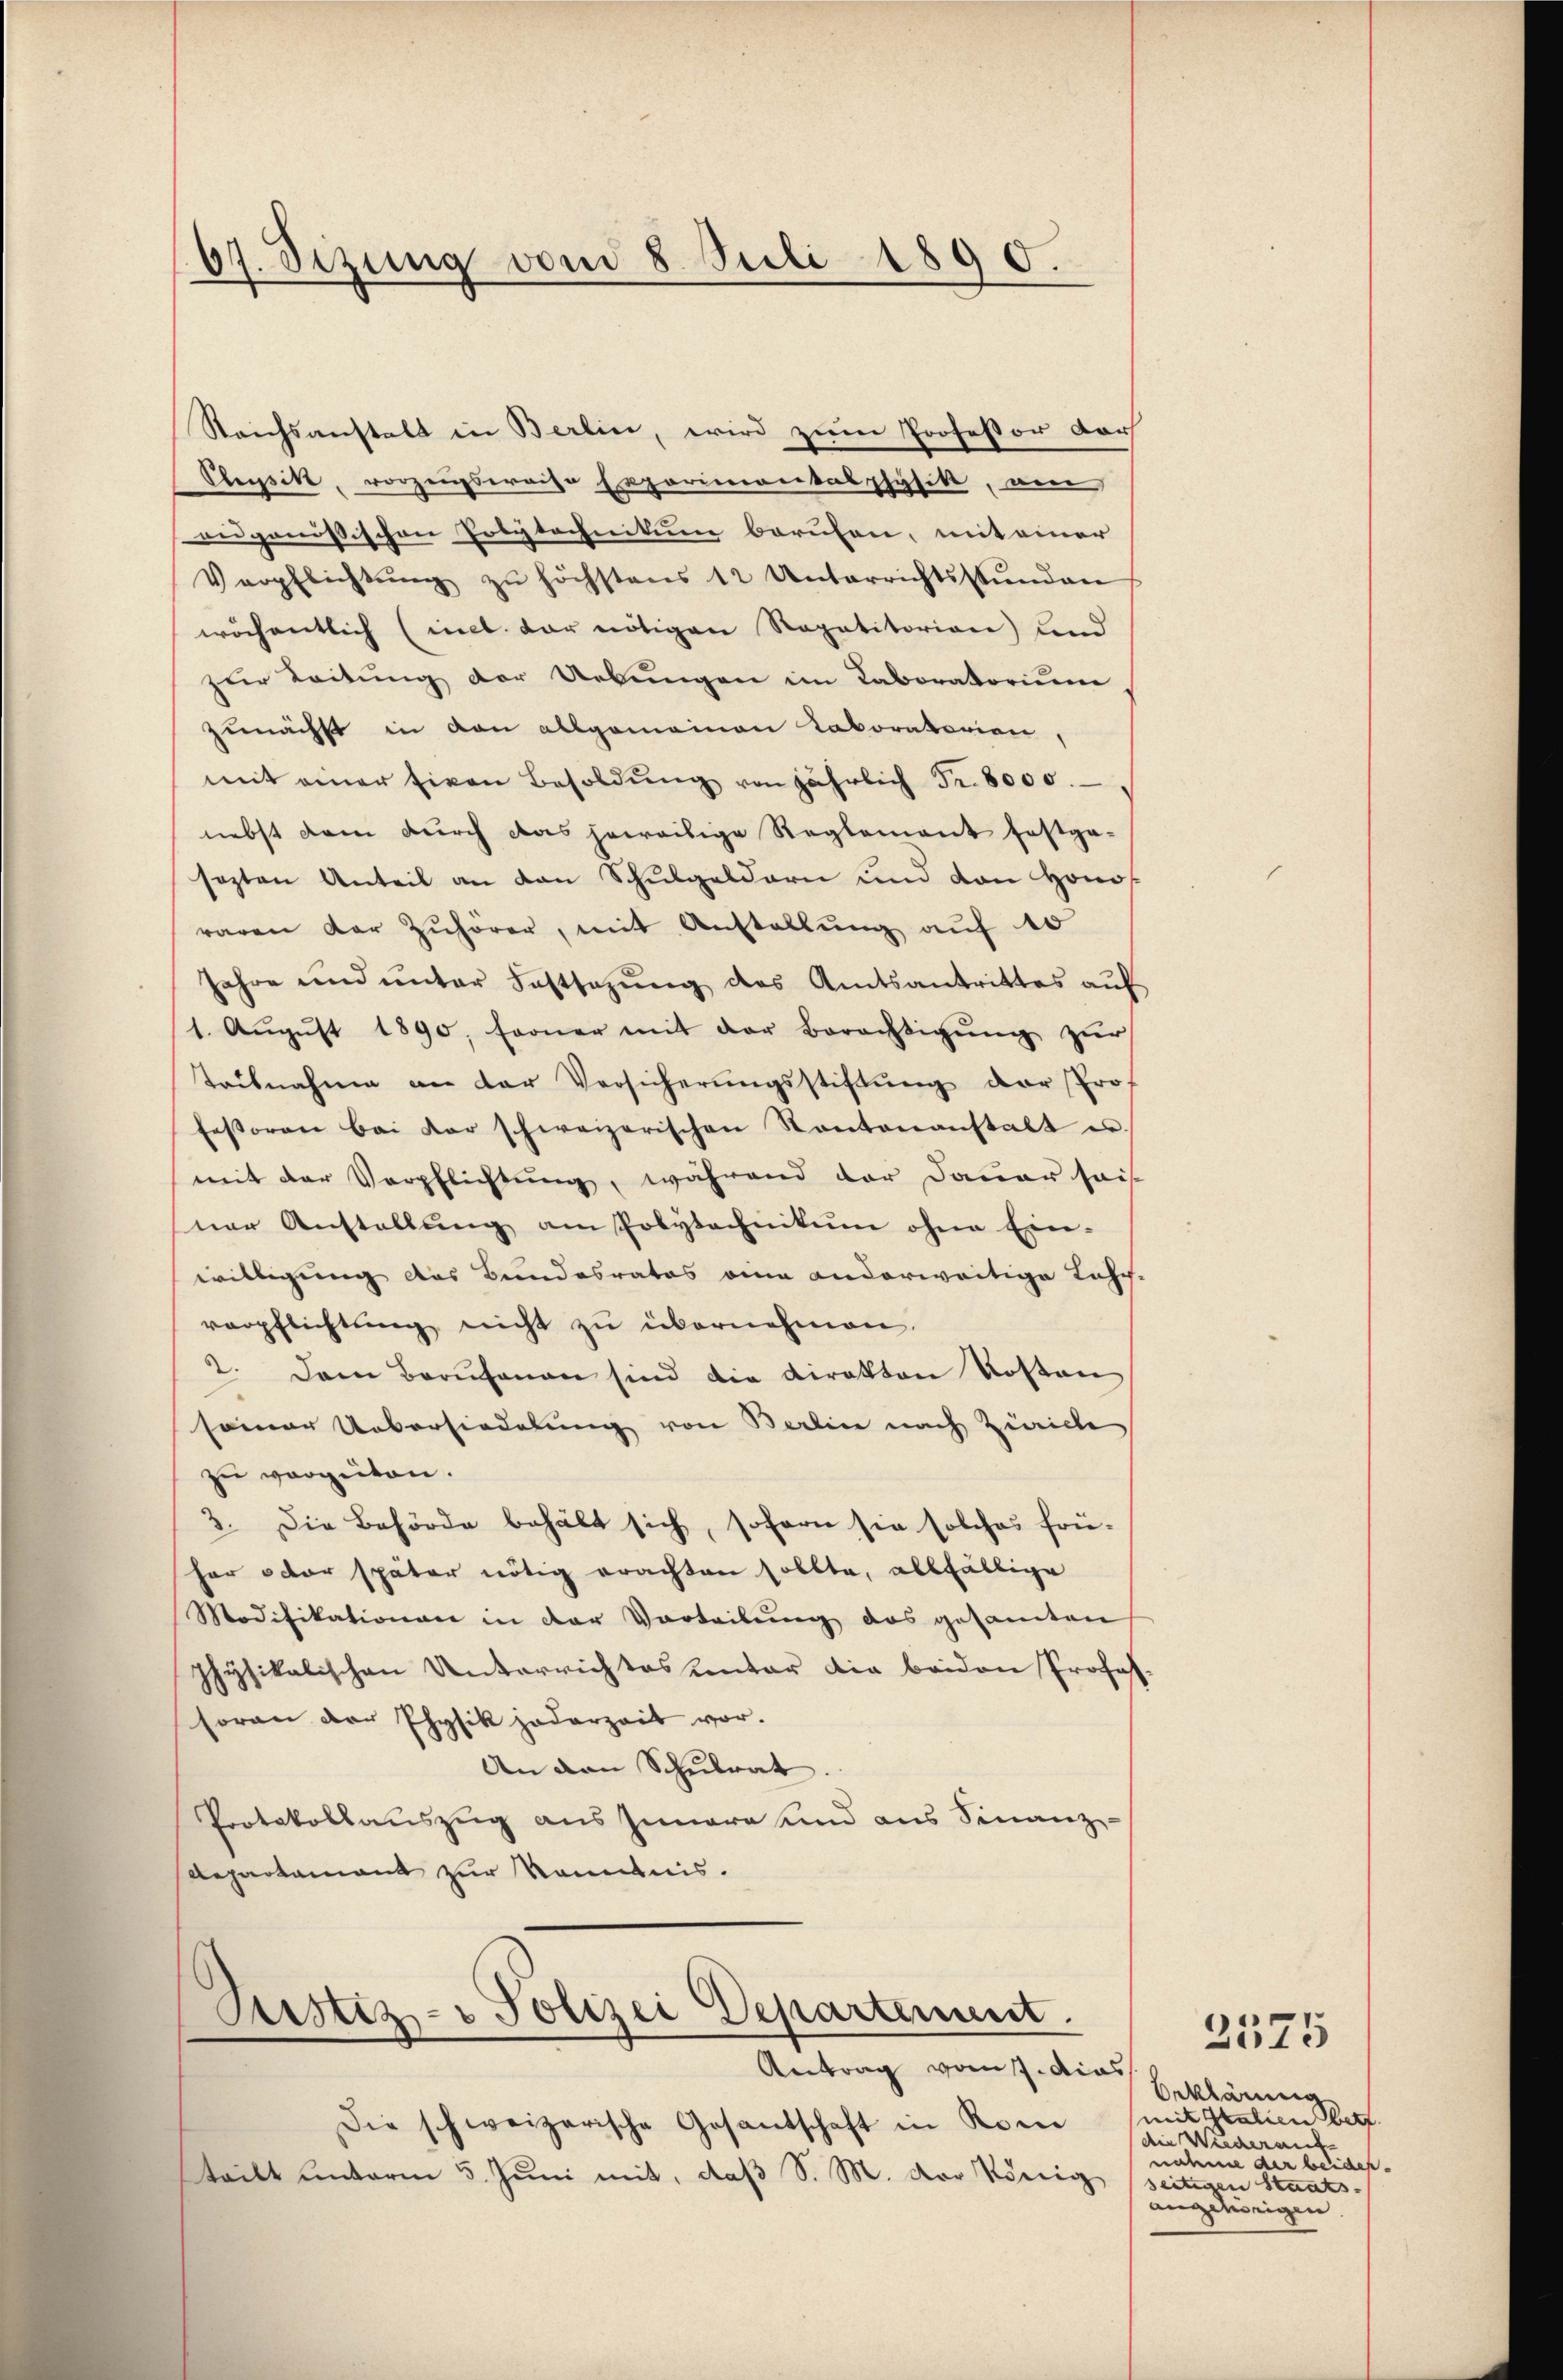
67. Sizung vom 8. Juli 1890.

Reichsanstalt in Berlin, wird zum Professor darf
Elupsik, vorzungsweise Exporimontalphysik, am
eidgenössischen Polytechnikum berufen, mit einer
Verpflichtŭng zŭ höchstens 12 Unterrichtsstunden
wöchentlich (mit der nötigen Repetitorion) und
zur Leitung der Uebungen im Laboratorium
zunächst in von allgemeinen Laboratorien
mit einer Eigen Besoldŭng von jährlich Fr. 8000.
nebst dem durch das jeweilige Reglement festga-
sezten Anteil an den Schulgeldern und von Honos
waren der Zuhörer, mit Anstellung auf 10
Jahre und ŭnter Festsezŭng des Amtsantrittes aŭf
1. Aŭgŭst 1890. ferner mit der Berechtigŭng zŭr
teilnahme an der Versicherungsstiftung der Prof
fessoren bei der schweizerischen Kantonanstalt es
mit der Verpflichtung, während der Dauer sei
ner Anstellung am Polytechnikum ohne Ein-
willigung des Bundesrates eine anderweitige Lehr-
verpflichtung nicht zu übernehmen.
2. Dem Berufenen sind die Direkton Kosten
seiner Uebersiedelung von Berlin nach Zwicke
zu verzeiten.
3. Die Behörde behält sich, sofern sie solches frü-
her oder später nötig erachten sollte, allfällige
Modifikationen in der Vorteilung das gesamten
physikalischen Unterrichtes unter die beiden Profes-
soran der Physik jederzeit vor.
An den Schulrat.
Protokollauszug aus Innere und aus Finanz-
Departamant zur Kenntnis.

Justiz- & Polizei Departement.

Antrag vom 7. dies
Die schweizerische Gesantschaft in Rom
tritt unterm 5. Juni mit, daß S. M. der König

Orklärung
mit Galien betr.
die Wiederant
nahme der beides.
seitigen Staats-
angehörigen

2575